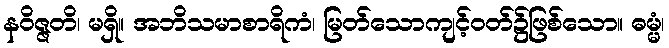
နဝိဇ္ဇတိ၊ မရှိ။ အဘိသမာစာရိကံ၊ မြတ်သောကျင့်ဝတ်၌ဖြစ်သော။ ဓမ္မံ၊